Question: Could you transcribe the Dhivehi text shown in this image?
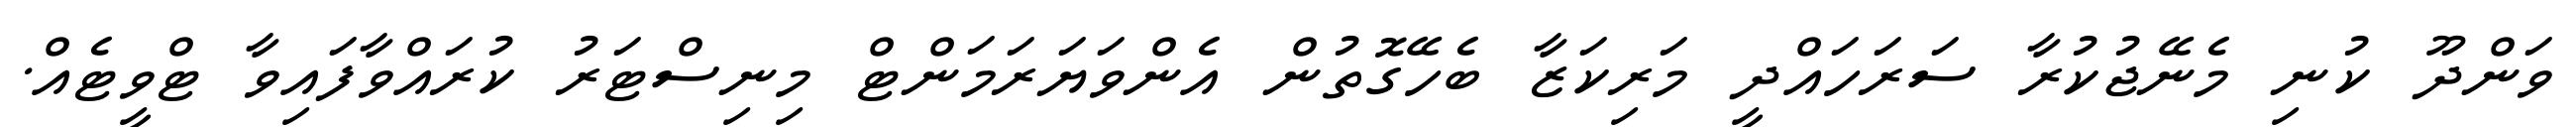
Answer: ވަންދޫ ކުނި މެނޭޖުކުރާ ސަރަހައްދީ މަރިކަޒާ ބެހޭގޮތުން އެންވަޔަރަމަންޓް މިނިސްޓަރު ކުރައްވާފައިވާ ޓްވީޓެއް.